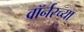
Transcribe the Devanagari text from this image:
वॉर्नरच्या